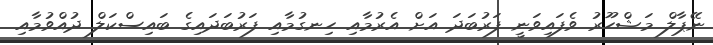
ނޭޕާލް މަޝްހޫރު ވެފައިވަނީ ފަރުބަދަ އަށް އެރުމާއި ހިނގުމާއި ފަރުބަދައިގެ ބައިސްކަލް ދުއްވުމާއި